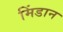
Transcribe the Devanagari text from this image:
मिंडान